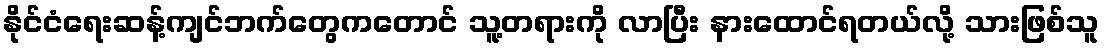
နိုင်ငံရေးဆန့်ကျင်ဘက်တွေကတောင် သူ့တရားကို လာပြီး နားထောင်ရတယ်လို့ သားဖြစ်သူ